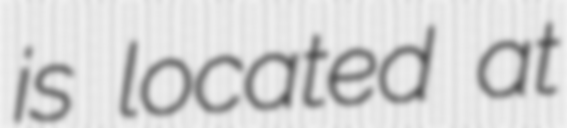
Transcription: is located at